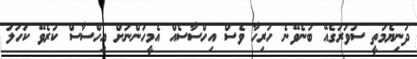
ދުނިޔެމަތީ ސުވަރުގެއޭ ބުނެވޭނެ ހުރިހާ ވެސް އިހްސާސެއް އެމީހުންނަށް އިހްސާސް ކުރެވޭ ކަހަލަ